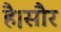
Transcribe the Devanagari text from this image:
है।सौर